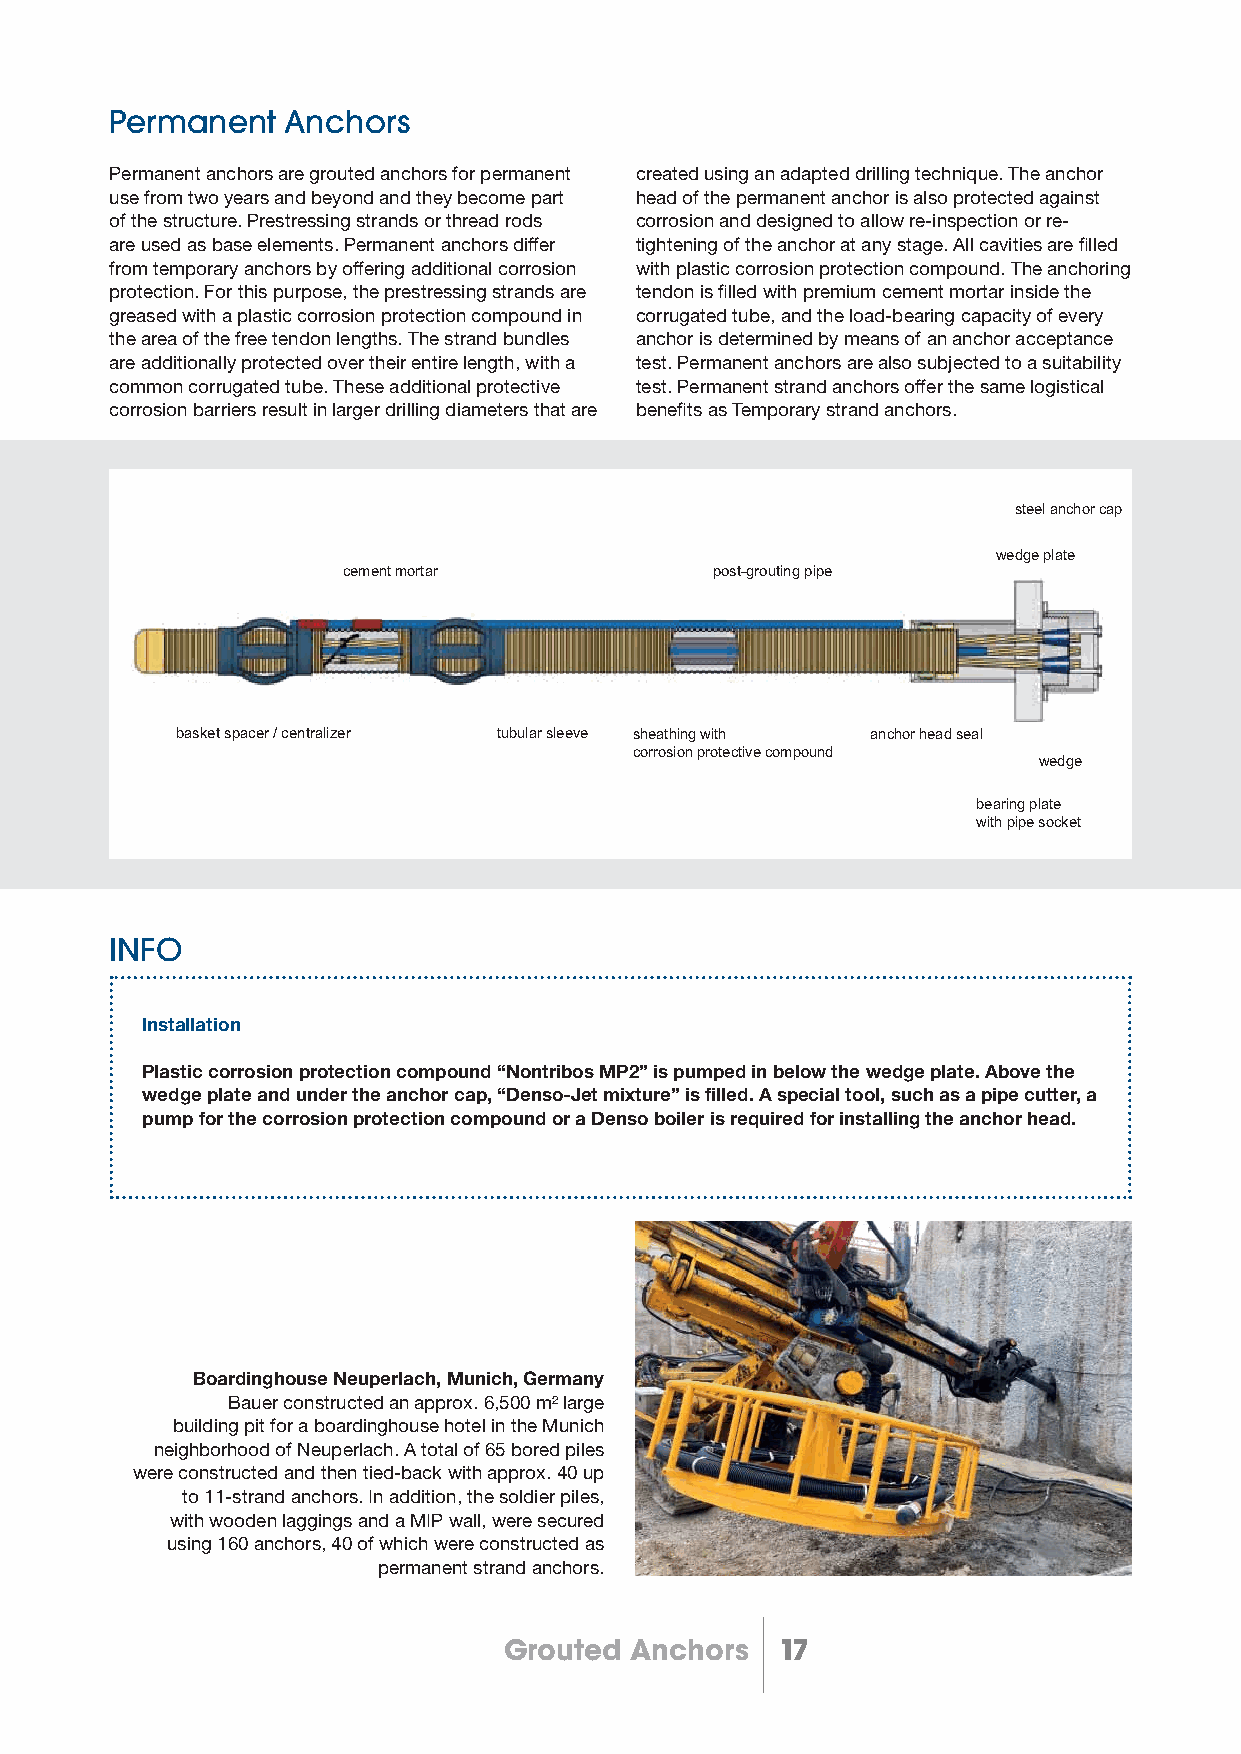
Permanent   Anchors
 Permanent anchors are grouted anchors for permanent created using an adapted drilling technique. The anchor
 use from two years and beyond and they become part head of the permanent anchor is also protected against
 of the structure. Prestressing strands or thread rods corrosion and designed to allow re-inspection or re-
 are used as base elements. Permanent anchors differ tightening of the anchor at any stage. All cavities are fi lled
 from temporary anchors by offering additional corrosion with plastic corrosion protection compound. The anchoring
 protection. For this purpose, the prestressing strands are tendon is fi lled with premium cement mortar inside the
 greased with a plastic corrosion protection compound in corrugated tube, and the load-bearing capacity of every
 the area of the free tendon lengths. The strand bundles anchor is determined by means of an anchor acceptance
 are additionally protected over their entire length, with a test. Permanent anchors are also subjected to a suitability
 common corrugated tube. These additional protective test. Permanent strand anchors offer the same logistical
 corrosion barriers result in larger drilling diameters that are benefi ts as Temporary strand anchors.
 steel anchor cap
 wedge plate
 cement mortar           post-grouting pipe
 basket spacer / centralizer tubular sleeve sheathing with anchor head seal
 corrosion protective compound
 wedge
 bearing plate
 with pipe socket
 INFO
 Installation
 Plastic corrosion protection compound “Nontribos MP2” is pumped in below the wedge plate. Above the
 wedge plate and under the anchor cap, “Denso-Jet mixture” is filled. A special tool, such as a pipe cutter, a
 pump for the corrosion protection compound or a Denso boiler is required for installing the anchor head.
 Boardinghouse Neuperlach, Munich, Germany
 Bauer constructed an approx. 6,500 m² large
 building pit for a boardinghouse hotel in the Munich
 neighborhood of Neuperlach. A total of 65 bored piles
 were constructed and then tied-back with approx. 40 up
 to 11-strand anchors. In addition, the soldier piles,
 with wooden laggings and a MIP wall, were secured
 using 160 anchors, 40 of which were constructed as
 permanent strand anchors.
 Grouted  Anchors   17